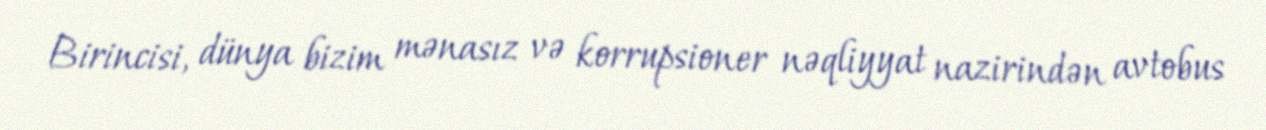
Birincisi, dünya bizim mənasız və korrupsioner nəqliyyat nazirindən avtobus